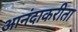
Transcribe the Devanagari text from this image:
आनंदाकरीता